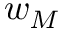
w _ { M }